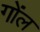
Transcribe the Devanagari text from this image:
गोंल